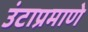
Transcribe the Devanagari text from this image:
उंटाप्रमाणे